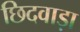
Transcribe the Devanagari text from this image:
छिदवाड़ा